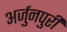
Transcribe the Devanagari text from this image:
अर्जुनपुरी